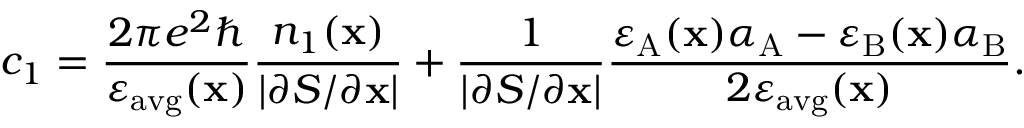
c _ { 1 } = \frac { 2 \pi e ^ { 2 } \hbar } { \varepsilon _ { \mathrm { a v g } } ( \mathbf { x } ) } \frac { n _ { 1 } ( \mathbf { x } ) } { \left| \partial S / \partial \mathbf { x } \right| } + \frac { 1 } { \left| \partial S / \partial \mathbf { x } \right| } \frac { \varepsilon _ { \mathrm { A } } ( \mathbf { x } ) \alpha _ { \mathrm { A } } - \varepsilon _ { \mathrm { B } } ( \mathbf { x } ) \alpha _ { \mathrm { B } } } { 2 \varepsilon _ { \mathrm { a v g } } ( \mathbf { x } ) } .